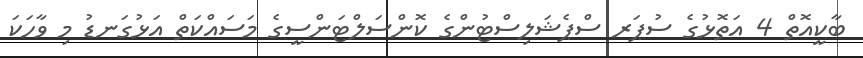
ބާކީއޮތް 4 އަތޮޅުގެ ސުޕަރ ސްޕެޝަލިސްޓުންގެ ކޮންސަލްޓަންސީގެ މަސައްކަތް އަޅުގަނޑު މި ވާހަކަ